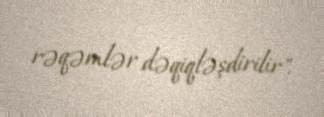
rəqəmlər dəqiqləşdirilir".